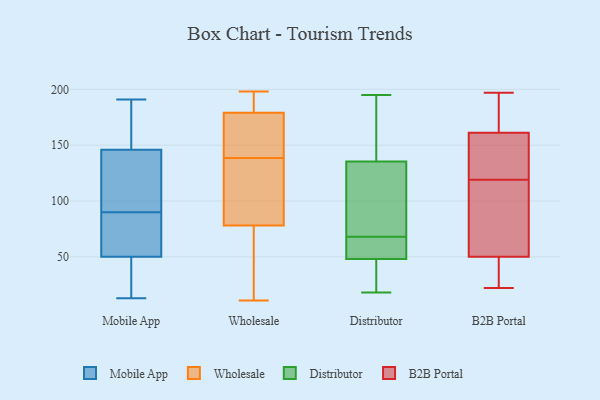
{"axis": {"x": "Shipments", "y": "Value"}, "legend": ["B2B Portal", "Distributor", "Mobile App", "Wholesale"], "data": [{"x": "", "y": 19, "type": "Mobile App"}, {"x": "", "y": 187, "type": "Mobile App"}, {"x": "", "y": 101, "type": "Mobile App"}, {"x": "", "y": 190, "type": "Mobile App"}, {"x": "", "y": 147, "type": "Mobile App"}, {"x": "", "y": 13, "type": "Mobile App"}, {"x": "", "y": 22, "type": "Mobile App"}, {"x": "", "y": 70, "type": "Mobile App"}, {"x": "", "y": 52, "type": "Mobile App"}, {"x": "", "y": 43, "type": "Mobile App"}, {"x": "", "y": 145, "type": "Mobile App"}, {"x": "", "y": 63, "type": "Mobile App"}, {"x": "", "y": 105, "type": "Mobile App"}, {"x": "", "y": 79, "type": "Mobile App"}, {"x": "", "y": 48, "type": "Mobile App"}, {"x": "", "y": 66, "type": "Mobile App"}, {"x": "", "y": 139, "type": "Mobile App"}, {"x": "", "y": 145, "type": "Mobile App"}, {"x": "", "y": 156, "type": "Mobile App"}, {"x": "", "y": 191, "type": "Mobile App"}, {"x": "", "y": 102, "type": "Wholesale"}, {"x": "", "y": 143, "type": "Wholesale"}, {"x": "", "y": 100, "type": "Wholesale"}, {"x": "", "y": 134, "type": "Wholesale"}, {"x": "", "y": 179, "type": "Wholesale"}, {"x": "", "y": 78, "type": "Wholesale"}, {"x": "", "y": 72, "type": "Wholesale"}, {"x": "", "y": 194, "type": "Wholesale"}, {"x": "", "y": 198, "type": "Wholesale"}, {"x": "", "y": 177, "type": "Wholesale"}, {"x": "", "y": 75, "type": "Wholesale"}, {"x": "", "y": 178, "type": "Wholesale"}, {"x": "", "y": 11, "type": "Wholesale"}, {"x": "", "y": 198, "type": "Wholesale"}, {"x": "", "y": 144, "type": "Distributor"}, {"x": "", "y": 43, "type": "Distributor"}, {"x": "", "y": 18, "type": "Distributor"}, {"x": "", "y": 54, "type": "Distributor"}, {"x": "", "y": 123, "type": "Distributor"}, {"x": "", "y": 157, "type": "Distributor"}, {"x": "", "y": 37, "type": "Distributor"}, {"x": "", "y": 195, "type": "Distributor"}, {"x": "", "y": 122, "type": "Distributor"}, {"x": "", "y": 63, "type": "Distributor"}, {"x": "", "y": 127, "type": "Distributor"}, {"x": "", "y": 49, "type": "Distributor"}, {"x": "", "y": 164, "type": "Distributor"}, {"x": "", "y": 61, "type": "Distributor"}, {"x": "", "y": 73, "type": "Distributor"}, {"x": "", "y": 47, "type": "Distributor"}, {"x": "", "y": 119, "type": "B2B Portal"}, {"x": "", "y": 186, "type": "B2B Portal"}, {"x": "", "y": 41, "type": "B2B Portal"}, {"x": "", "y": 197, "type": "B2B Portal"}, {"x": "", "y": 82, "type": "B2B Portal"}, {"x": "", "y": 32, "type": "B2B Portal"}, {"x": "", "y": 53, "type": "B2B Portal"}, {"x": "", "y": 133, "type": "B2B Portal"}, {"x": "", "y": 69, "type": "B2B Portal"}, {"x": "", "y": 153, "type": "B2B Portal"}, {"x": "", "y": 141, "type": "B2B Portal"}, {"x": "", "y": 22, "type": "B2B Portal"}, {"x": "", "y": 189, "type": "B2B Portal"}]}